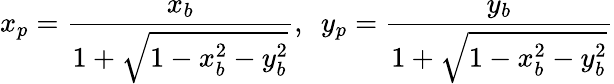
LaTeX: x_{p}={\frac{x_{b}}{1+{\sqrt{1-x_{b}^{2}-y_{b}^{2}}}}},\ \ y_{p}={\frac{y_{b}}{1+{\sqrt{1-x_{b}^{2}-y_{b}^{2}}}}}